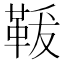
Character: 𩊤